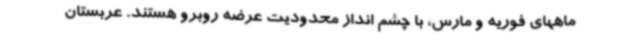
ماههای فوریه و مارس، با چشم انداز محدودیت عرضه روبرو هستند. عربستان